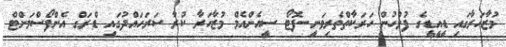
މުޒާހަރާގައި ޑީއީޑީގެ ފުލުހުން ހަރަކާތްތެރިވަނީ--ފޮޓޯ ސީއެންއެމް މުޒާހަރާ ކުރާ ސަރަހައްދުގައި ޑްރަގް އެންފޯސްމަންޓް